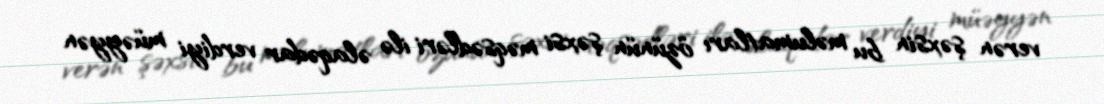
verən şəxsin bu məlumatları özünün şəxsi məqsədləri ilə əlaqədar verdiyi müəyyən